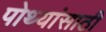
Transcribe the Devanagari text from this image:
पोथ्यांसाठी